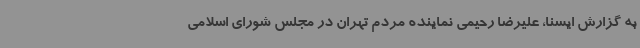
به گزارش ایسنا، علیرضا رحیمی نماینده مردم تهران در مجلس شورای اسلامی